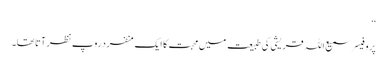
‘‘
پروفیسر سمیع اللہ قریشی کی طبیعت میں محبت کا ایک منفرد روپ نظر آتا تھا۔